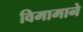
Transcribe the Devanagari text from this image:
विमामाने